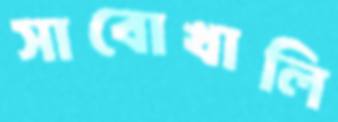
সাবোখালি